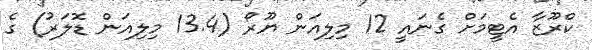
ކްރޫޒާ އެޓީމަށް ގެނައީ 12 މިލިއަން ޔޫރޯ (13.4 މިލިއަން ޑޮލަރު) ގެ